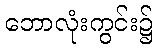
ဘောလုံးကွင်း၌